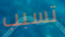
تسبب